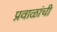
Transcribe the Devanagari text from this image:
प्रवाळांची